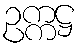
ဥက္ကဋ္ဌ